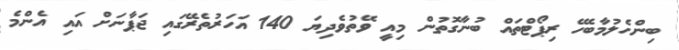
ބިންހެލުމާބެހޭ ރިޕޯޓްތައް ބުނާގޮތުން މިއީ ވޭތުވެދިޔަ 140 އަހަރުތެރޭގައި ޖަޕާނަށް އައި އެންމެ